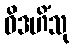
ဝိဒဟိံသု